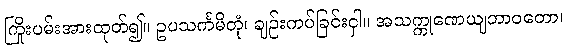
ကြိုးပမ်းအားထုတ်၍။ ဥပသင်္ကမိတုံ၊ ချဉ်းကပ်ခြင်းငှါ။ အသက္ကုဏေယျဘာဝတော၊